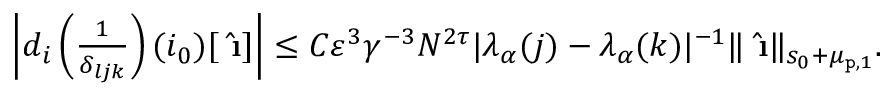
\begin{array} { r } { \left| d _ { i } \left( \frac { 1 } { \delta _ { l j k } } \right) ( i _ { 0 } ) [ \hat { \textbf { \i } } ] \right| \le C \varepsilon ^ { 3 } \gamma ^ { - 3 } N ^ { 2 \tau } | \lambda _ { \alpha } ( j ) - \lambda _ { \alpha } ( k ) | ^ { - 1 } \rVert \hat { \textbf { \i } } \rVert _ { s _ { 0 } + \mu _ { \mathtt { p } , 1 } } . } \end{array}